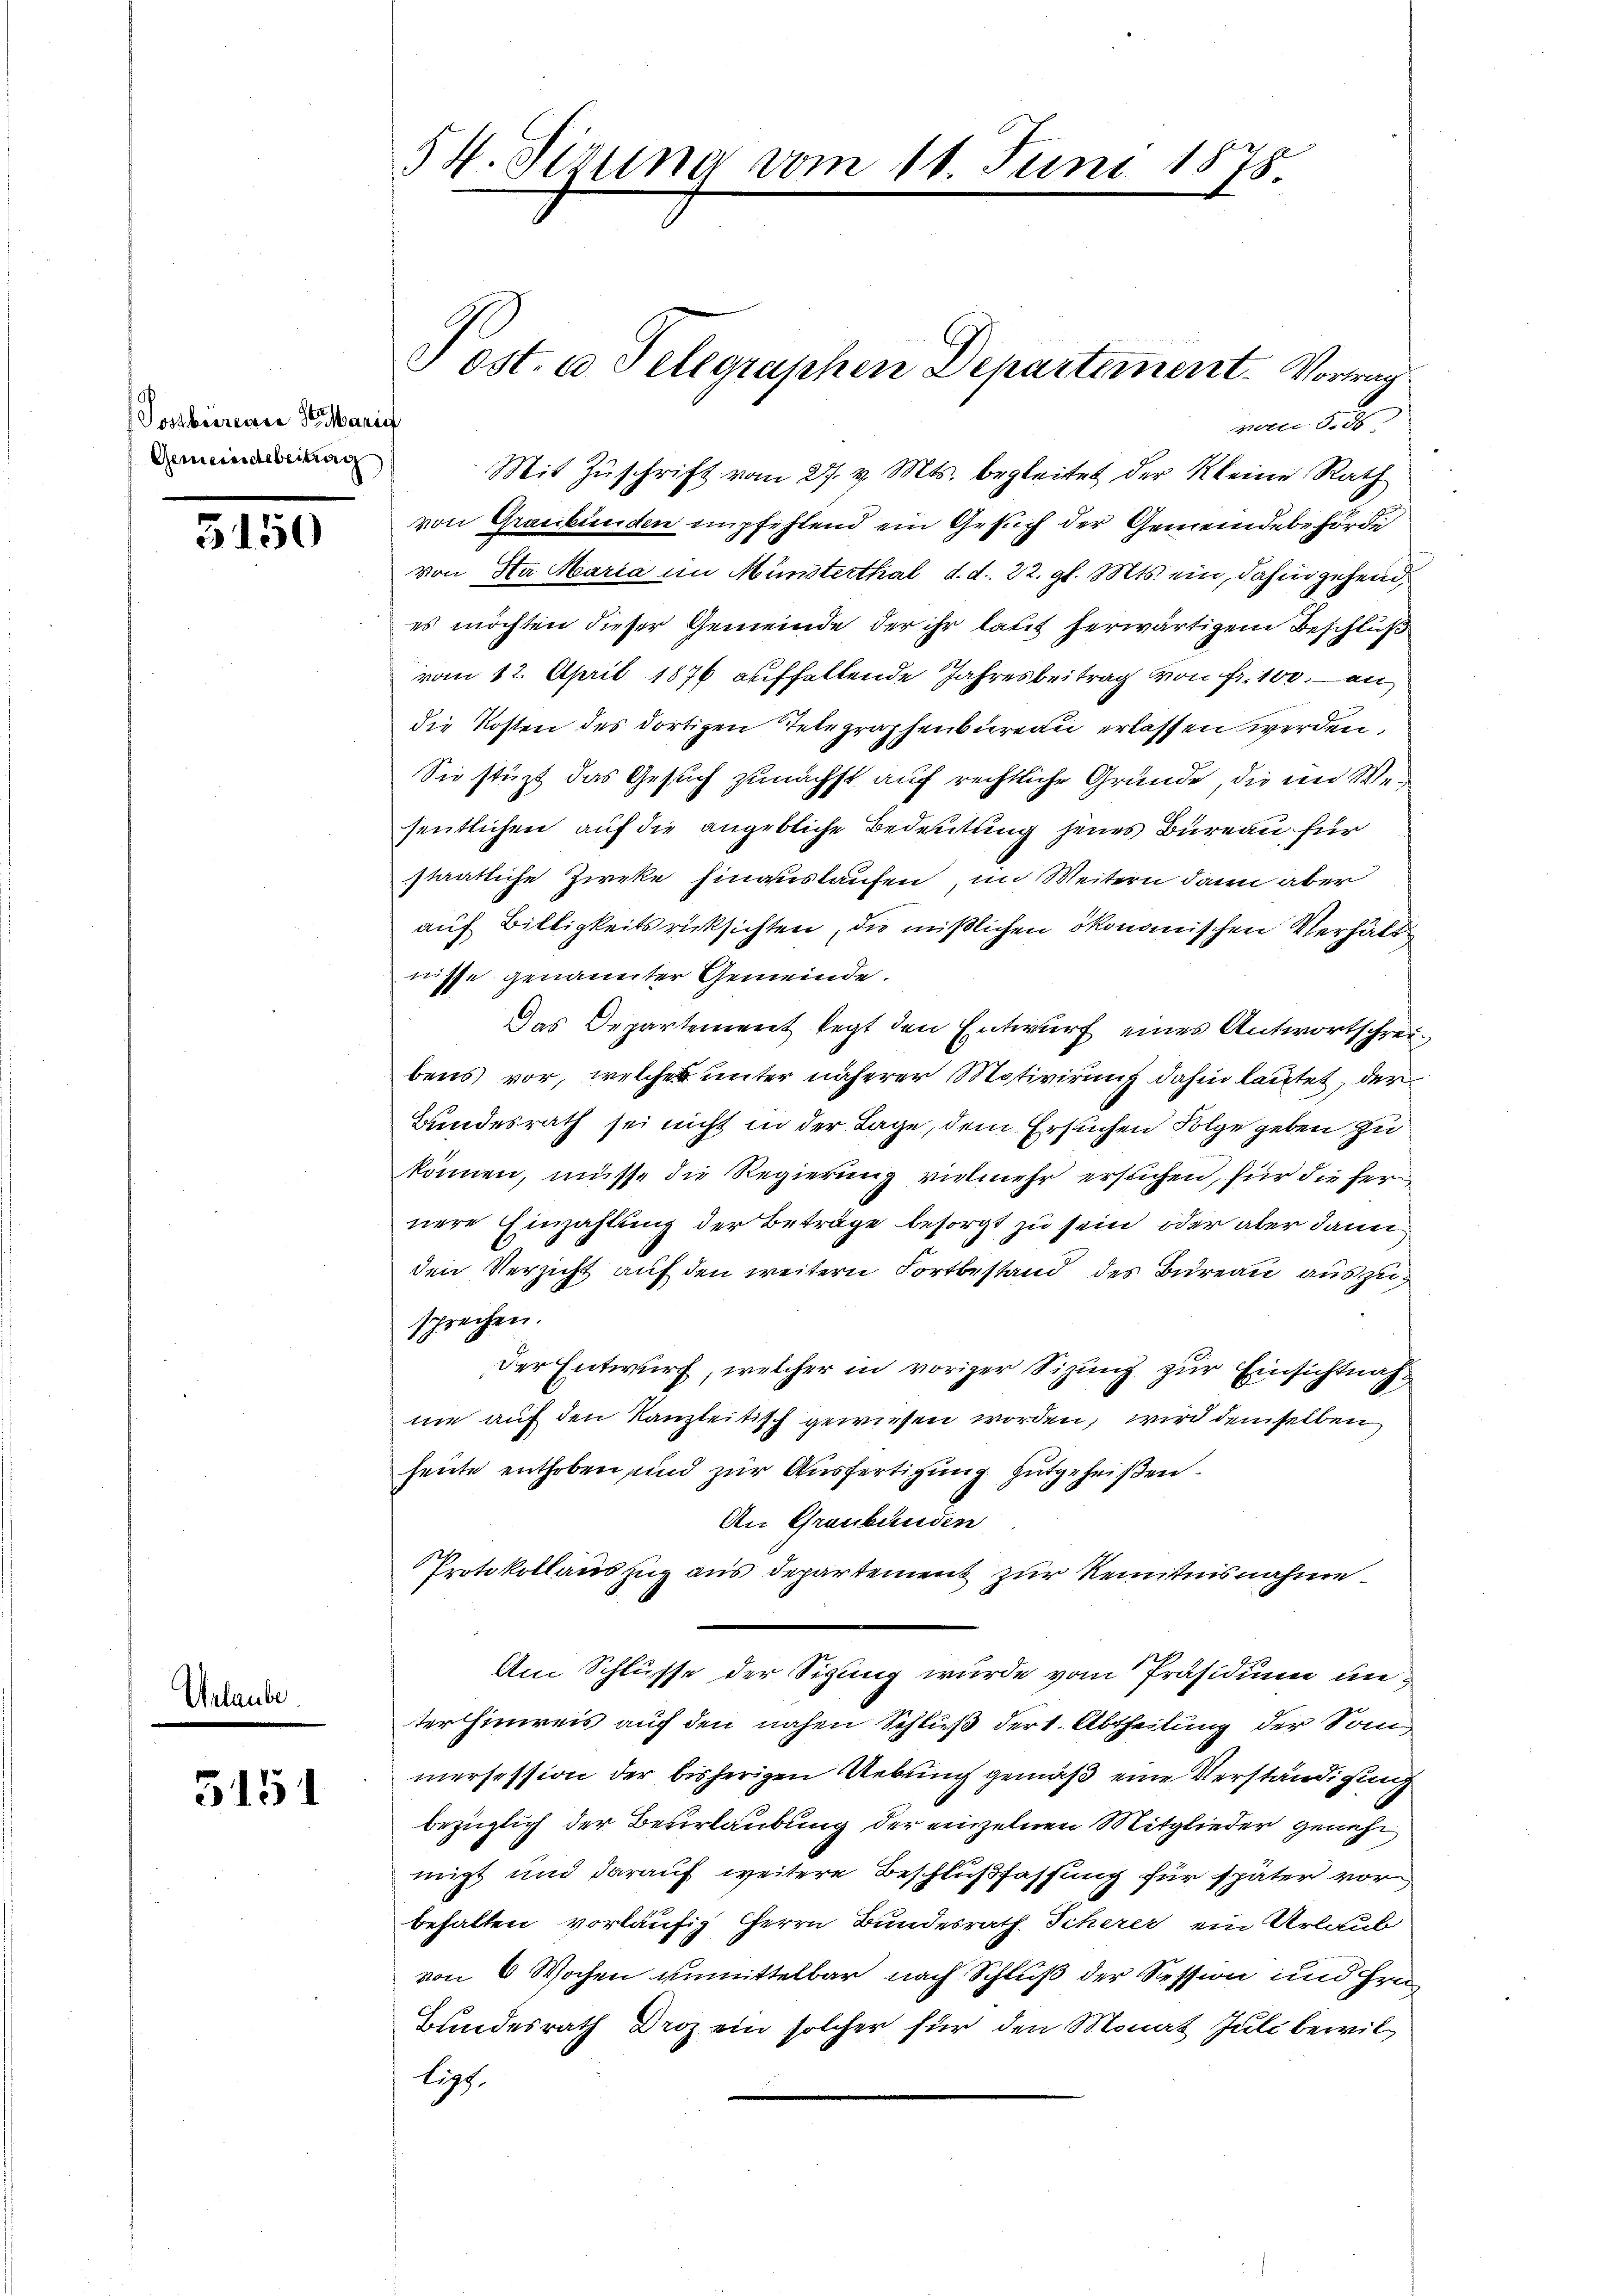
Postbereiere St. Maria
Gemeindsbeitrag

350

Urlaube.

5151

vom 8. 26.
von Graubünden empfehlend ein Gesuch der Gemeindebehörde
von Na Maria im Münsterthal d. d. 22. gl. Mts. ein, dahin gehend,
es möchten dieser Gemeinde der ihr laut herwärtigem Beschluß
vom 12. April 1876 auffallende Jahresbeitrag von Fr. 100. an
die Kosten des dortigen Telegraphenbureau erlassen werden.
Sie stüzt das Gesuch zunächst auf rechtliche Grunde, die im Wesentlichen auf die angebliche Bedeutung jenes Bureau für
staatliche Zieke hinauskaufen, im Weitern dann aber
auf Billigkeitsrücksichten, die mißlichen ökonomischen Verhält
nisse genannter Gemeinde.
Das Departement legt den Entwurf eines Antwortschreibens vor, welche unter näherer Motivirung dahin lautet, der
Bundesrath sei nicht in der Lage, dem Ersuchen Folge geben zu
können, müsse die Regierung vielmehr ersuchen, für die fer
nere Einzahlung der Beträge besorgt zu sein, oder aber dann
den Verzicht auf den weitern Fortbestand des Bureau auszusprechen.
Der Entwurf, welcher in voriger Sizung zur Einsichtnahnie auf den Kanzleitisch gewiesen worden, wird demselben
heute enthoben und zur Ausfertigung gutgeheißen.
An Graubünden
Protokollauszug aus Departement zur Kenntnisnahme
Am Schlüsse der Sigung wurde vom Präsidium unterhinweis auch den nahen Schluß der 1. Abtheilung der Som
iersession der bisherigen Uebung gemäß eine Verständigung
bezüglich der Beverlaubung der einzelnen Mitglieder genehnigt und darauf weitere Beschlußfassung für später vor
behalten vorläufig herrn Bundesrath Scherer ein Urlaub
von 6 Wochen unmittelbar nach Schluß der Session und Hrn.
Bundesrath Droz ein solcher für den Monat Juli bewilligt.

54. Sirung vom 11. Juni 1878

ost. u Telegraphen Departement. Vorwar
Mit Zŭschrift vom 27. v. Mts. begleitet der Kleine Rath